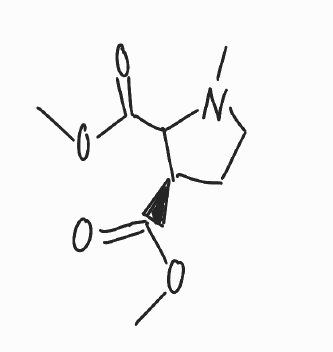
Simplified molecular-input line-entry system (SMILES) notation of the given molecule:
CN1CC[C@H](C1C(=O)OC)C(=O)OC